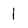
Character: l